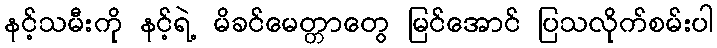
နင့်သမီးကို နင့်ရဲ့ မိခင်မေတ္တာတွေ မြင်အောင် ပြသလိုက်စမ်းပါ